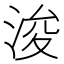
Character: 浚